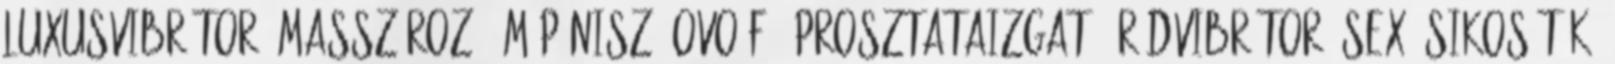
luxusvibrátor, masszírozó, műpénisz, ovo f5, prosztataizgató, rúdvibrátor, sex, sikosítók,